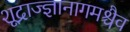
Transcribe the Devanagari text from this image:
शूद्राज्ज्ञानागमश्चैव